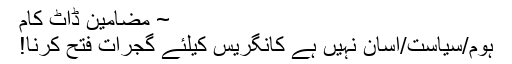
~ مضامین ڈاٹ کام
ہوم/سیاست/آسان نہیں ہے کانگریس کیلئے گجرات فتح کرنا!